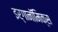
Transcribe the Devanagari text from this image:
इर्गानॉमिक्स